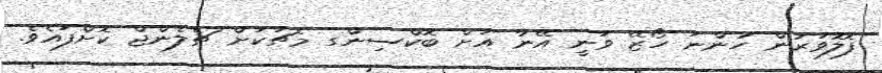
ފޮލޮވަރުން ހުންނަ ހޯޒޭ ވަނީ އޭނާ އަށް ބޮކްސިންގ މެޗަކަށް ޗެލެންޖް ކޮށްފައެވެ.